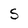
Character: S